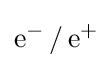
\mathrm {e} ^{-}\,/\,\mathrm {e} ^{+}